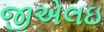
જીએલઇ